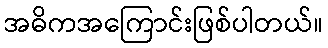
အဓိကအကြောင်းဖြစ်ပါတယ်။